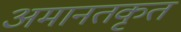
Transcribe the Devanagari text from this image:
अमानतकृत